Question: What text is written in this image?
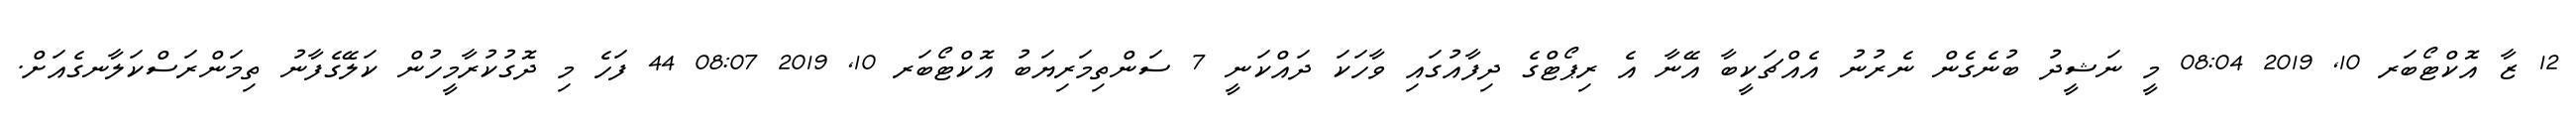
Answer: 12 ޒާ އޮކްޓޯބަރ 10, 2019 08:04 މީ ނަޝީދު ބުނެގެން ނެރުނު އެއްޗަކީބާ އޭނާ އެ ރިޕޯޓްގެ ދިފާއުގައި ވާހަކަ ދައްކަނީ 7 ސަންތިމަރިޔަބު އޮކްޓޯބަރ 10, 2019 08:07 44 ފަހެ މި ދޮގުކުރާމީހުން ކަލޭގެފާނު ތިމަންރަސްކަލާނގެއަށް.